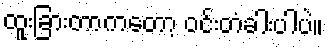
ထူးခြားတာကတော့ ဝင်းတံခါးပါပဲ။